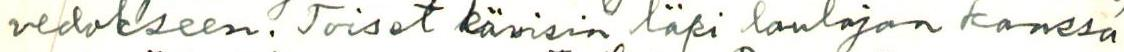
vedokseen. Toiset kävisin läpi laulajan kanssa